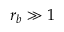
r _ { b } \gg 1